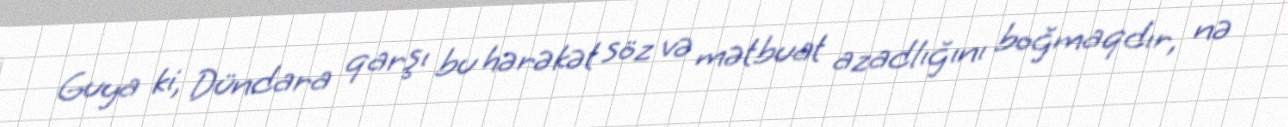
Guya ki, Dündara qarşı bu hərəkət söz və mətbuat azadlığını boğmaqdır, nə